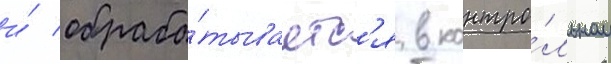
и́ обраба́тываетс'я в контро́льном